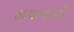
ડાઘાવાળી